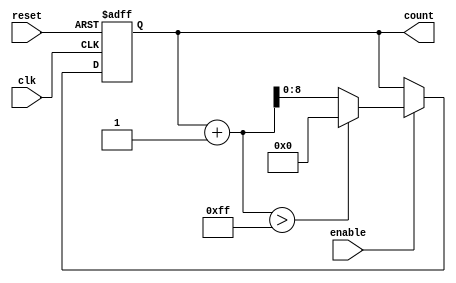
module parameterized_counter #(
    parameter MIN_VALUE = 0,
    parameter MAX_VALUE = 255,
    parameter STEP_SIZE = 1
)(
    input wire clk,
    input wire reset,
    input wire enable,
    output reg [$clog2(MAX_VALUE):0] count
);

    // Ensure logical consistency of parameters
    initial begin
        if (MIN_VALUE >= MAX_VALUE) begin
            $error("Error: MIN_VALUE must be less than MAX_VALUE.");
            $finish;
        end
        if (STEP_SIZE <= 0) begin
            $error("Error: STEP_SIZE must be greater than 0.");
            $finish;
        end
    end

    // Asynchronous reset and counting logic
    always @(posedge clk or posedge reset) begin
        if (reset) begin
            count <= MIN_VALUE; // Initialize counter to MIN_VALUE on reset
        end else if (enable) begin
            // Increment the counter by STEP_SIZE
            if (count + STEP_SIZE > MAX_VALUE) begin
                count <= MIN_VALUE; // Wrap around to MIN_VALUE if exceeds MAX_VALUE
            end else begin
                count <= count + STEP_SIZE; // Increment counter
            end
        end
    end

endmodule